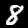
Label: 8